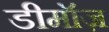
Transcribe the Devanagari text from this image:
डीमॉज़